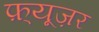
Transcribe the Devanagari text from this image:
फ़्यूज़र